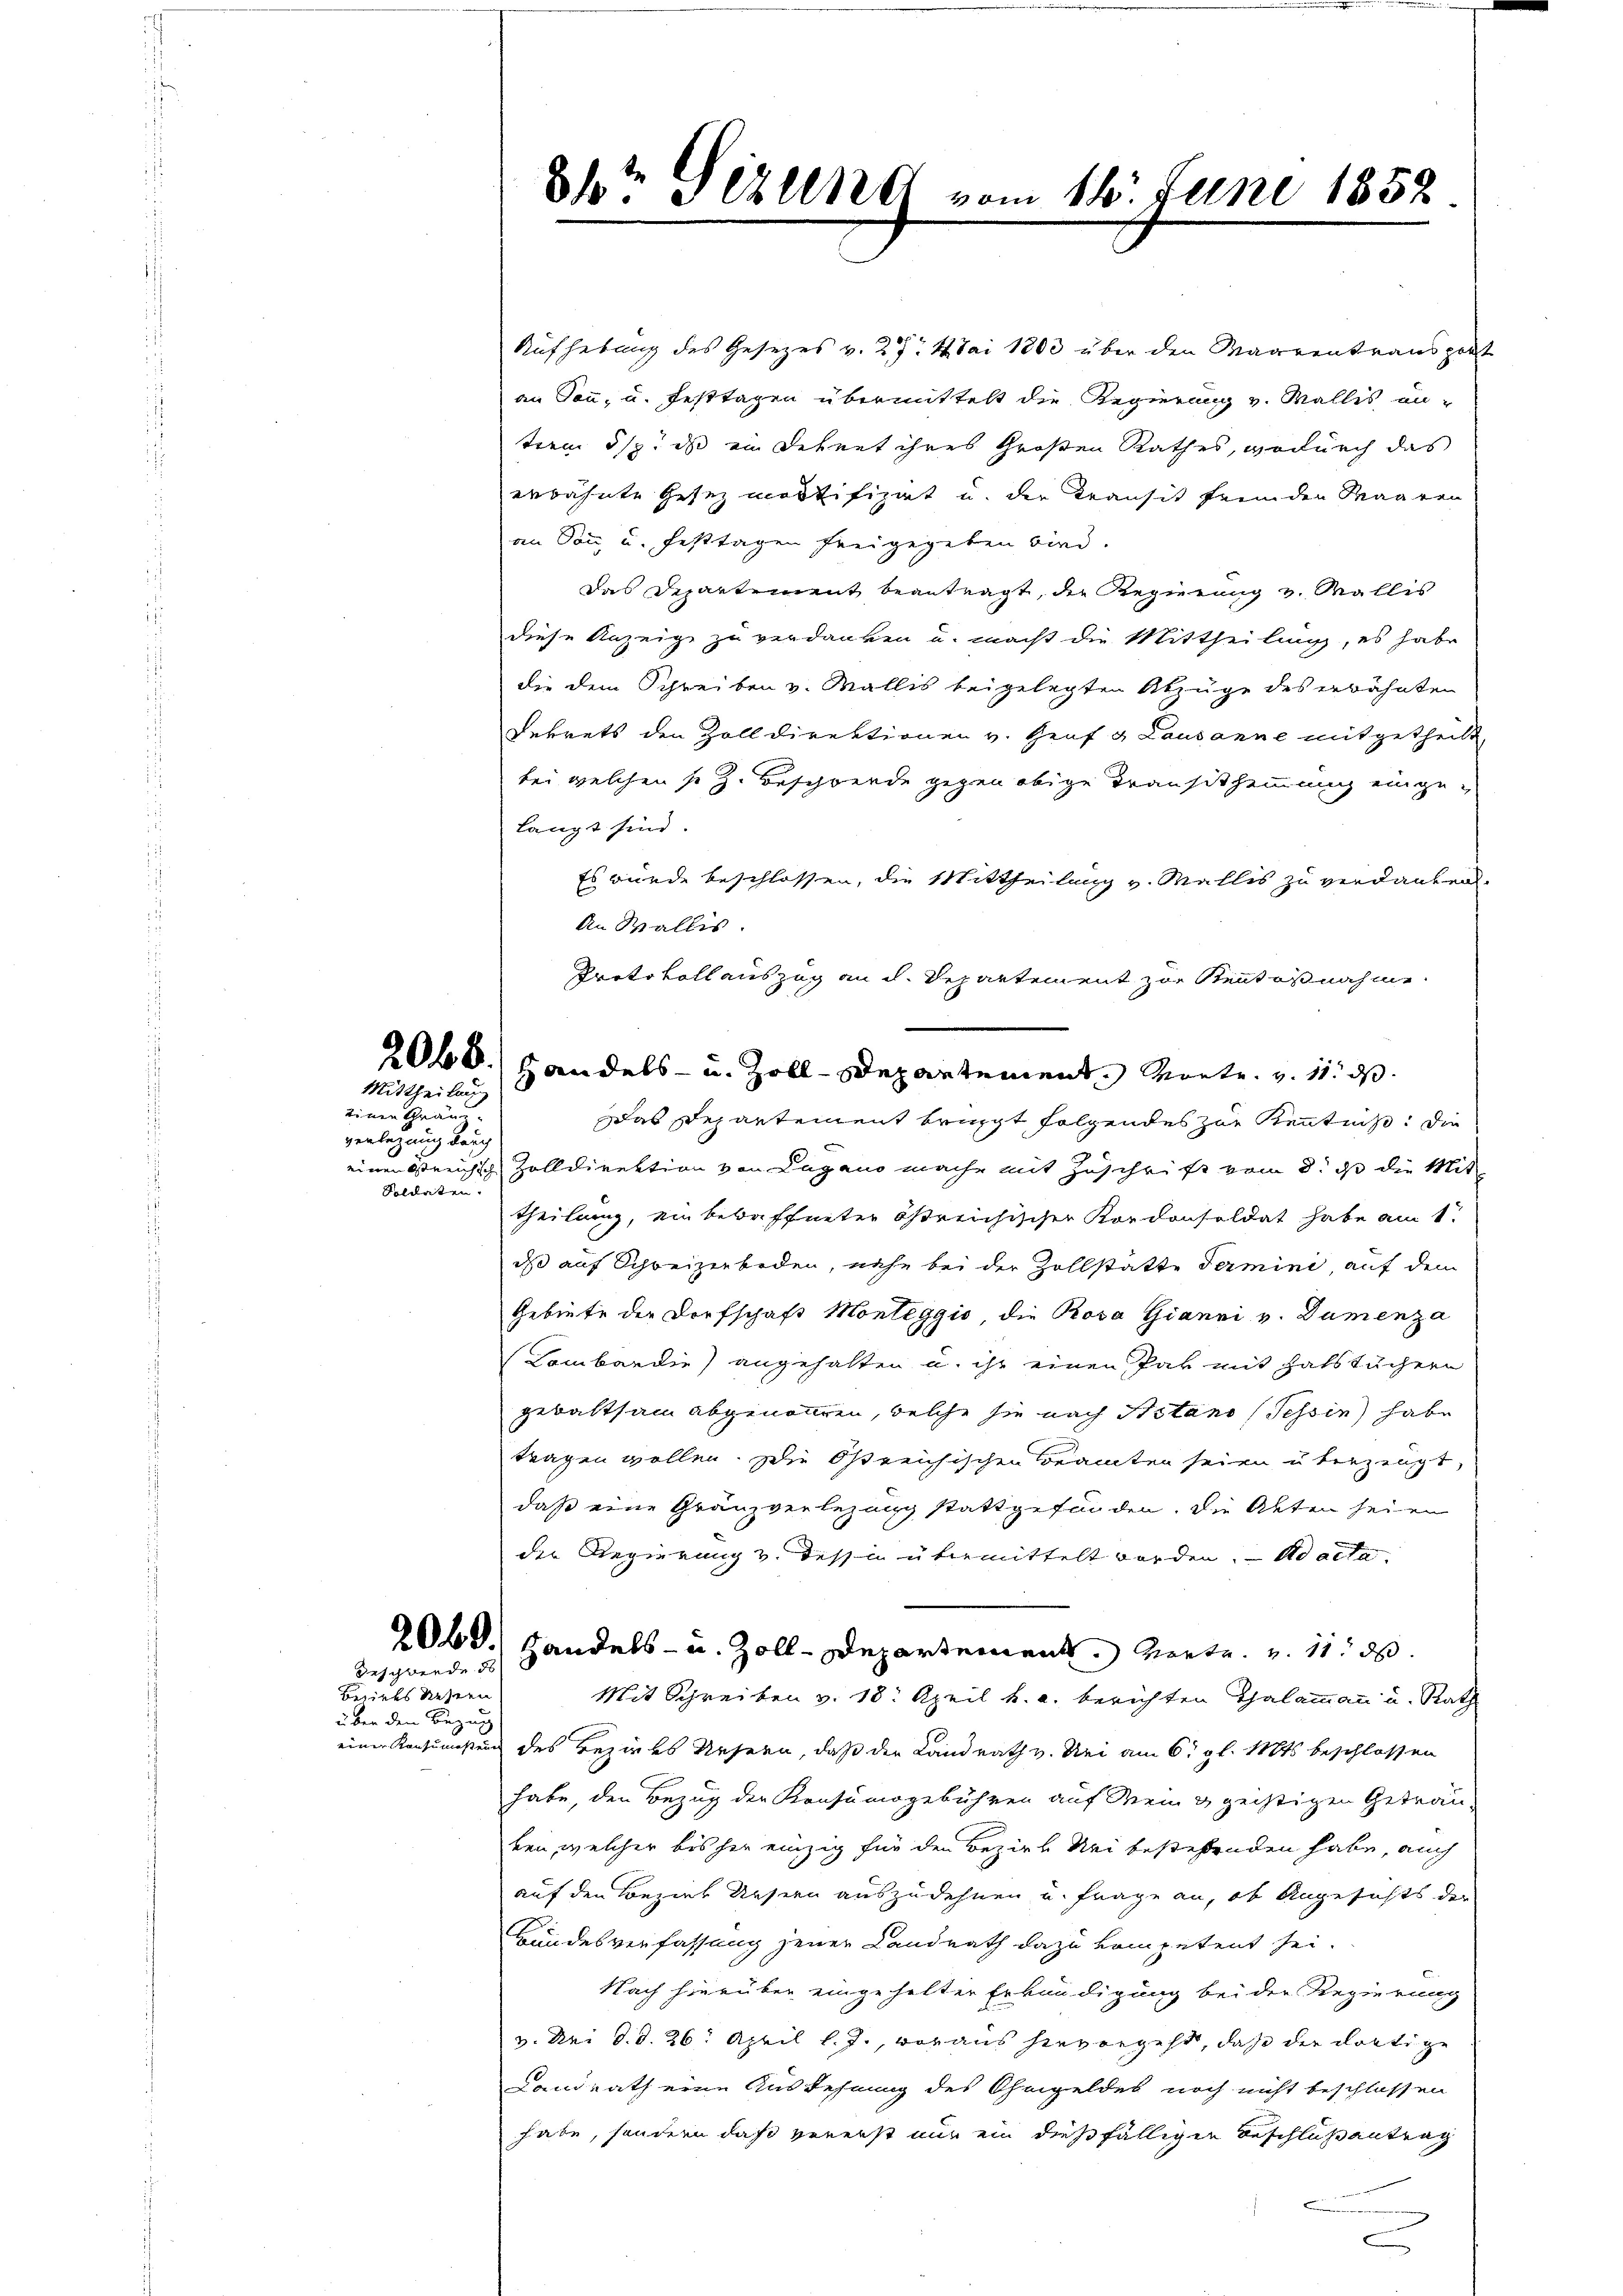
Mittheilung

einen Grän
verlegung durch
Soldaten.

deschwerde d
Bezirkes dieser
über den Bezug

81te Serend vom 16. Juni 1852

Aufhebung des Gesezes v. 27. Mai 1803 über den Waarentransport
an Ton, u. Festtagen übermittelt die Regierung v. Wallis un-
tien ist, dass ein Dehnet ihres Großen Rathes, wodurch das
erwähnte Gesezmostifizat u. der Transit fremden Maaren
von Son u. Fasttagen freigegeben wird.
das Departement beantragt, der Regierung v. Wallis
diese Anzeige zu verdanken u. macht die Mittheilung, es habe
die dem Schreiben v. Wallis beigelegten Abzüge des erwähnten
Dekrets den Zolldirektionen v. Heuf & Lausanne mitgetheilt,
bei welchen so z. Beschwende gegen obige Transtimmung eingelangt sind.
Es wurde beschlossen, die Mittheilung v. Mellis zu verdanken.
An Wallis
Protokoll auszug an d. Departement zur Rentesnahme
Das Departement bringt folgendes zur Kenntniß: Die
einen Streichisch Zolldirektion von Lugano mache mit Zuschrift vom 8. ds die Mit-
theilung, ein bewaffneter östreichischer Konkonsoldat habe am 1.
das auf Schweizerbaden, nahe bei der Zollstätte Termine, auf dem
Gebiete der Dorfschaft Monteggio, die Rosa Gianni v. Damenza
(Lombardie) angehalten u. ihr einen Par mit Halstüchern
gewaltsam abgenommen, welche sie nach Bstand (Tessin habe
tragen wollen. Die Ostreichischen Beamten seien überzeugt,
daß eine Granzverlegung stattgefunden, die Akten seien
die Regierung v. dessin übermittelt worden. ad acte
2060.) Handels- u. Zoll-Departement. Verte. v. 11. d.
Mit Schreiben v. 18. April h. a. berichten Thalammann u. Rath
einer Konsumsten des Bezirks Ursern, daß der Landrath v. Sei am 6. gl. Mts. beschlossen
habe, den Bezug der Konsumsgebühren auf Mein & geistigen Geträu-
ken, welcher bis her einzig für den Bezirk Nei bestehenden habe, auch
auf den Konziel Ursern auszudehnen und Frage an, ob Angesichts der
Bundesverfassung jener Landrath dazu kompetent sei
Nach hierüber eingehalter Erkundigung bei der Regierung
v. Mai d. d. 26. April l. J., voraus hervorgeht, daß der dortige
Landrath eine Ausdehnung des Ohmgeldes noch nicht beschlossen
habe, sondern daß vererst nur ein dießfälliger Beschlußantrag
e

2060. Handels- u. Zoll-Departement. Monte. v. 11. d.